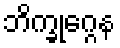
ဘိက္ခုဂ္ဂေန